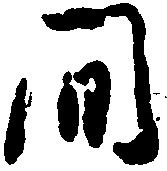
間